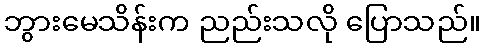
ဘွားမေသိန်းက ညည်းသလို ပြောသည်။